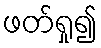
ဖတ်ရှု၍